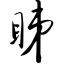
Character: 睇